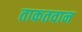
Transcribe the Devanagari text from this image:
ताकतवान